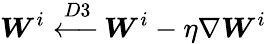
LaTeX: \boldsymbol{W}^{i}\xleftarrow{D3}\boldsymbol{W}^{i}-\eta\nabla\boldsymbol{W}^{i}